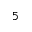
^ 5